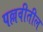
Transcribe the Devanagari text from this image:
पल्लवीतील